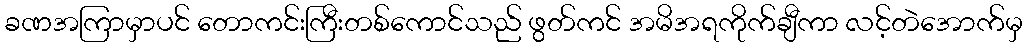
ခဏအကြာမှာပင် တောကင်းကြီးတစ်ကောင်သည် ဖွတ်ကင် အမိအရကိုက်ချီကာ လင့်တဲအောက်မှ